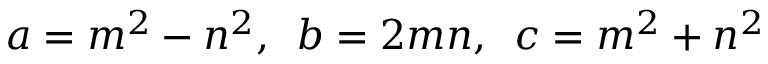
a = m ^ { 2 } - n ^ { 2 } , \ \, b = 2 m n , \ \, c = m ^ { 2 } + n ^ { 2 }